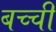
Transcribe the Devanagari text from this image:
बच्‍ची